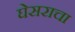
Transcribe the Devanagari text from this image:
घेसराचा